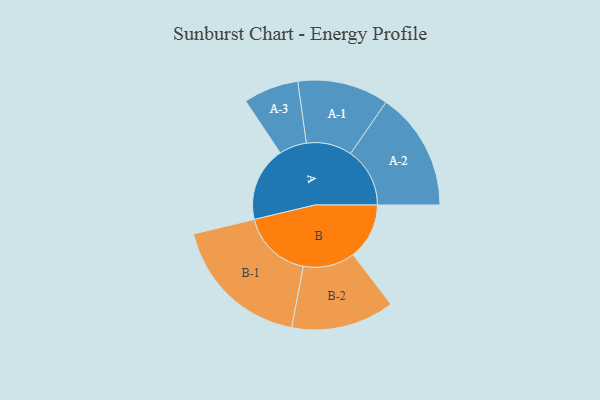
{"axis": {"x": "Segment", "y": "Value"}, "legend": ["", "A", "B"], "data": [{"x": "A", "y": 273, "type": ""}, {"x": "B", "y": 206, "type": ""}, {"x": "A-1", "y": 167, "type": "A"}, {"x": "A-2", "y": 217, "type": "A"}, {"x": "A-3", "y": 101, "type": "A"}, {"x": "B-1", "y": 258, "type": "B"}, {"x": "B-2", "y": 189, "type": "B"}]}